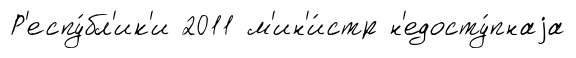
Р'еспу́бл'ик'и 2011 м'ин'и́стр н'едосту́пнаjа